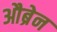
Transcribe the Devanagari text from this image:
औब्रेन